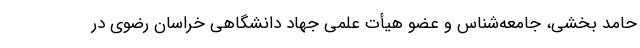
حامد بخشی، جامعه‌شناس و عضو هیأت علمی جهاد دانشگاهی خراسان رضوی در